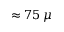
\approx 7 5 \, \mu